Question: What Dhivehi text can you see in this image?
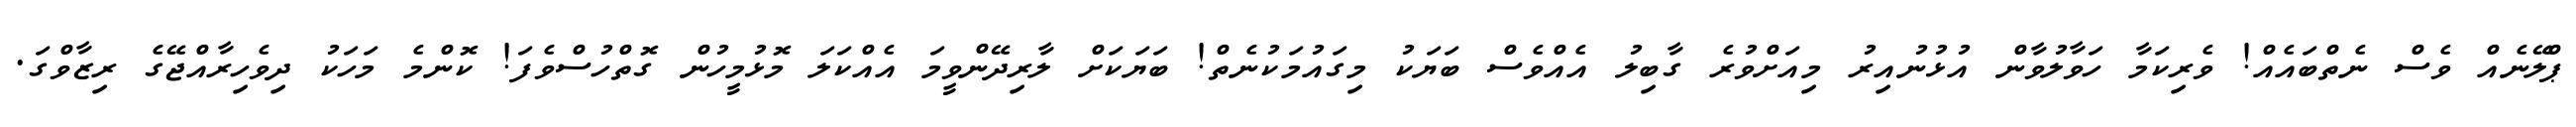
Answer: ޕްލޭނެއް ވެސް ނެތްބައެއް! ވެރިކަމާ ހަވާލުވާން އުޅުނުއިރު މިއަށްވުރެ ގާބިލު އެއްވެސް ބަޔަކު މިގައުމަކުނެތް! ބަޔަކަށް ލާރިދޭންވީމަ އެއްކަލަ މޮޅުމީހުން ގޮތްހުސްވެފަ! ކޮންމެ މަހަކު ދިވެހިރާއްޖޭގެ ރިޒާވްގަ.